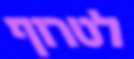
לטרוף